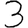
Digit: 3